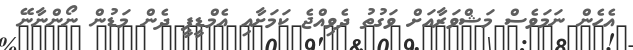
އެހެން ނަމަވެސް މަޝްވަރާއަށް ވަގުތު ދެވިއްޖެ ކަމަށާއި އެމްޑީޕީ ދެން މަޑުން ނޯންނާނޭ